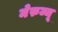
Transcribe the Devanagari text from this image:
मेरुज्जू